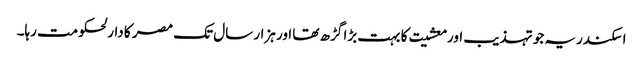
اسکندریہ جو تہذیب اور معشیت کا بہت بڑا گڑھ تھا اور ہزار سال تک مصر کا دارلحکومت رہا۔